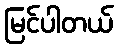
မြင်ပါတယ်